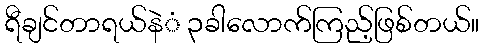
ရီချင်တာရယ်နဲံ ၃ခါလောက်ကြည့်ဖြစ်တယ်။